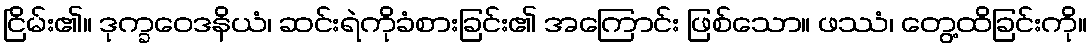
ငြိမ်း၏။ ဒုက္ခဝေဒနိယံ၊ ဆင်းရဲကိုခံစားခြင်း၏ အကြောင်း ဖြစ်သော။ ဖဿံ၊ တွေ့ထိခြင်းကို။